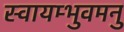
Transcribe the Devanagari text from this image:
स्वायम्भुवमनु